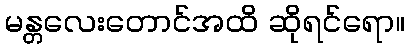
မန္တလေးတောင်အထိ ဆိုရင်ရော။